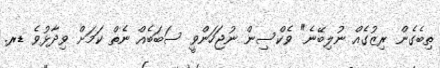
ތިބެގެން ރިޒުގެއް ނުލިބޭނެ" ވެކްސިން ނުޖަހަންވީ ސަބަބެއް ނެތް ކަމަށް ވިދާޅުވެ ޑރ.